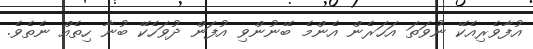
އުފާވެރިއެކޭ ނުވަތަ އަހަރެން އެންމެ ބޭނުންވި އުފަން ދުވަހެކޭ ބުނާ ހިތެއް ނެތެވެ.